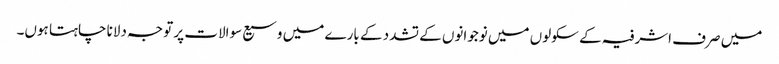
میں صرف اشرفیہ کے سکولوں میں نوجوانوں کے تشدد کے بارے میں وسیع سوالات پر توجہ دلانا چاہتا ہوں۔